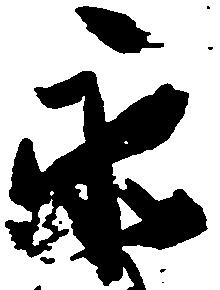
永